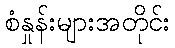
စံနှုန်းများအတိုင်း